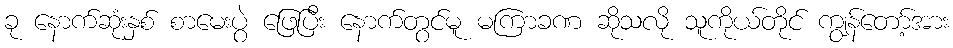
ခု နောက်ဆုံးနှစ် စာမေးပွဲ ဖြေပြီး နောက်တွင်မူ မကြာခဏ ဆိုသလို သူကိုယ်တိုင် ကျွန်တော့်အား